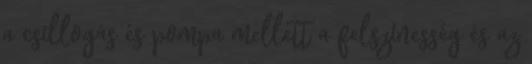
a csillogás és pompa mellett a felszínesség és az